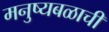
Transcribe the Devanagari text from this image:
मनुष्यबळाची